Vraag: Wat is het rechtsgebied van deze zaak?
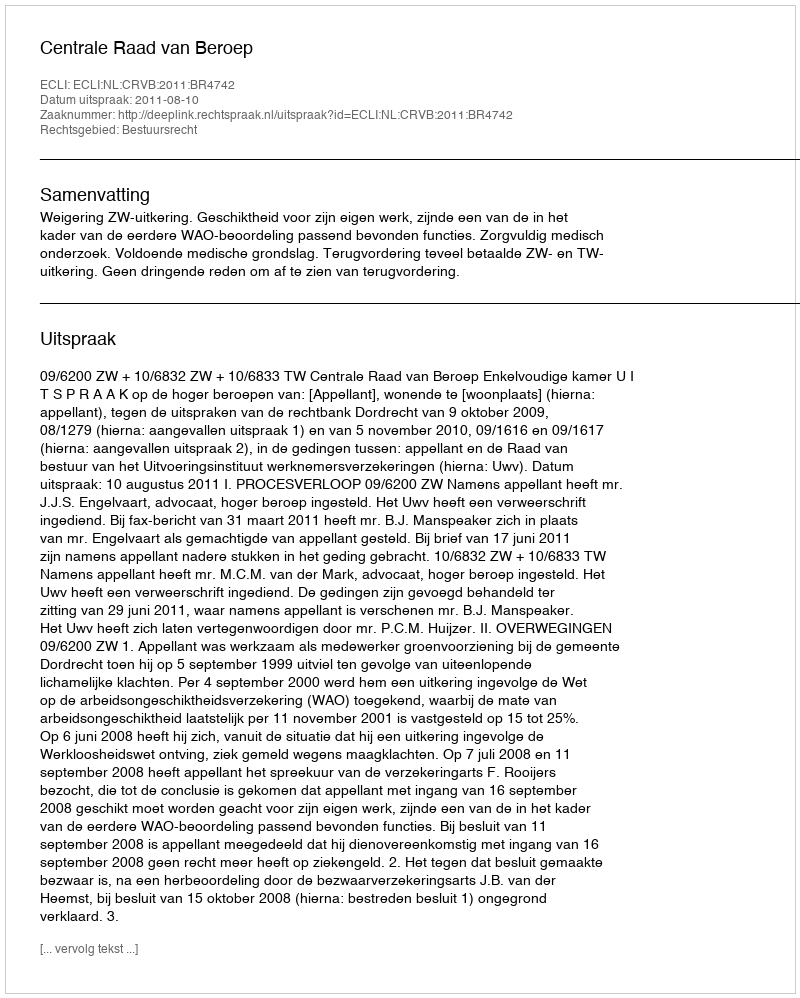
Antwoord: Bestuursrecht